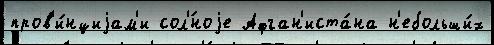
пров'и́нциjам'и сол'́ноjе Афган'иста́на н'ебольши́х